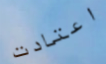
اعتادت